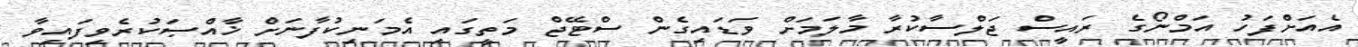
އެއަށްފަހު އަމްނޯގެ ރައީސް ޖަލްސާކުރާ މާލަމަށް ވަޑައިގެން ސްޓޭޖް މަތީގައި އެމަނިކުފާނަށް ޚާއްޞަކުރެވިފައިވާ